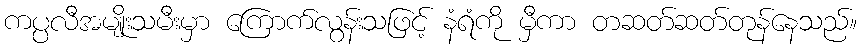
ကပ္ပလီအမျိုးသမီးမှာ ကြောက်လွန်းသဖြင့် နံရံကို မှီကာ တဆတ်ဆတ်တုန်နေသည်။